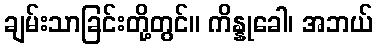
ချမ်းသာခြင်းတို့တွင်။ ကိန္နုခေါ၊ အဘယ်